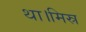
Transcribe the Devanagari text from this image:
था।मिस्र